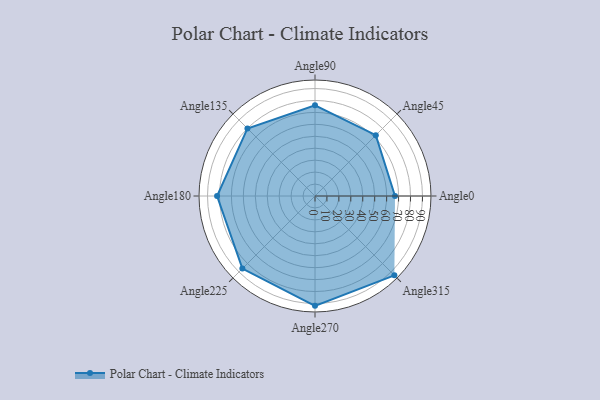
{"axis": {"x": "Angle", "y": "Radius"}, "legend": [""], "data": [{"x": "Angle0", "y": 67.0, "type": ""}, {"x": "Angle45", "y": 72.0, "type": ""}, {"x": "Angle90", "y": 76.0, "type": ""}, {"x": "Angle135", "y": 80.0, "type": ""}, {"x": "Angle180", "y": 82.0, "type": ""}, {"x": "Angle225", "y": 86.0, "type": ""}, {"x": "Angle270", "y": 92.0, "type": ""}, {"x": "Angle315", "y": 94.0, "type": ""}]}